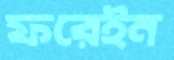
ফরেইন